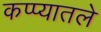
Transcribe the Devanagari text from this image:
कप्प्यातले